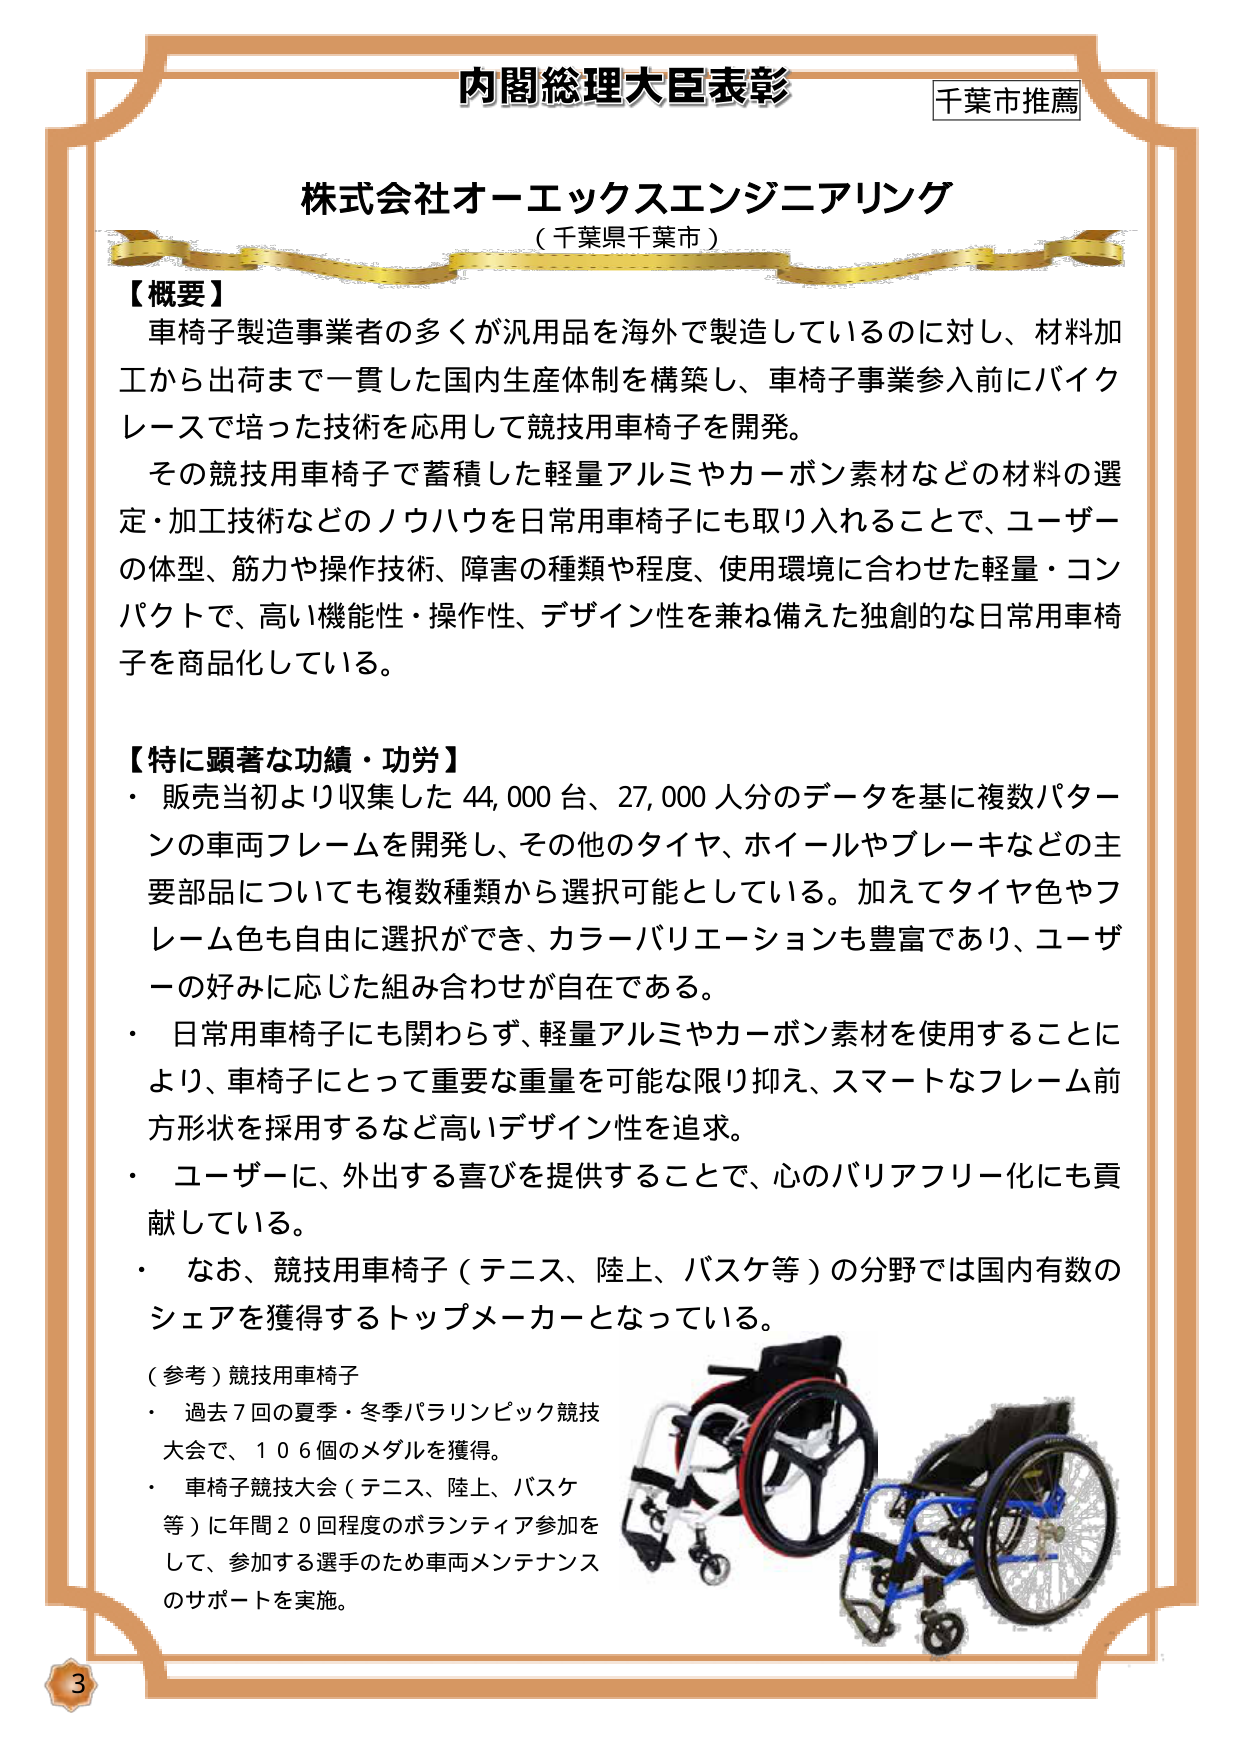
内閣総理大臣表彰
千葉市推薦

株式会社オーエックスエンジニアリング
（千葉県千葉市）

【概要】
車椅子製造事業者の多くが汎用品を海外で製造しているのに対し、材料加工から出荷まで一貫した国内生産体制を構築し、車椅子事業参入前にバイクレースで培った技術を応用して競技用車椅子を開発。
その競技用車椅子で蓄積した軽量アルミやカーボン素材などの材料の選定・加工技術などのノウハウを日常用車椅子にも取り入れることで、ユーザーの体型、筋力や操作技術、障害の種類や程度、使用環境に合わせた軽量・コンパクトで、高い機能性・操作性、デザイン性を兼ね備えた独創的な日常用車椅子を商品化している。

【特に顕著な功績・功労】
・ 販売当初より収集した 44,000 台、27,000 人分のデータを基に複数パターンの車両フレームを開発し、その他のタイヤ、ホイールやブレーキなどの主要部品についても複数種類から選択可能としている。加えてタイヤ色やフレーム色も自由に選択ができ、カラーバリエーションも豊富であり、ユーザーの好みに応じた組み合わせが自在である。
・ 日常用車椅子にも関わらず、軽量アルミやカーボン素材を使用することにより、車椅子にとって重要な重量を可能な限り抑え、スマートなフレーム前方形状を採用するなど高いデザイン性を追求。
・ ユーザーに、外出する喜びを提供することで、心のバリアフリー化にも貢献している。
・ なお、競技用車椅子（テニス、陸上、バスケ等）の分野では国内有数のシェアを獲得するトップメーカーとなっている。

（参考）競技用車椅子
・ 過去７回の夏季・冬季パラリンピック競技大会で、１０６個のメダルを獲得。
・ 車椅子競技大会（テニス、陸上、バスケ等）に年間２０回程度のボランティア参加をして、参加する選手のため車両メンテナンスのサポートを実施。

3